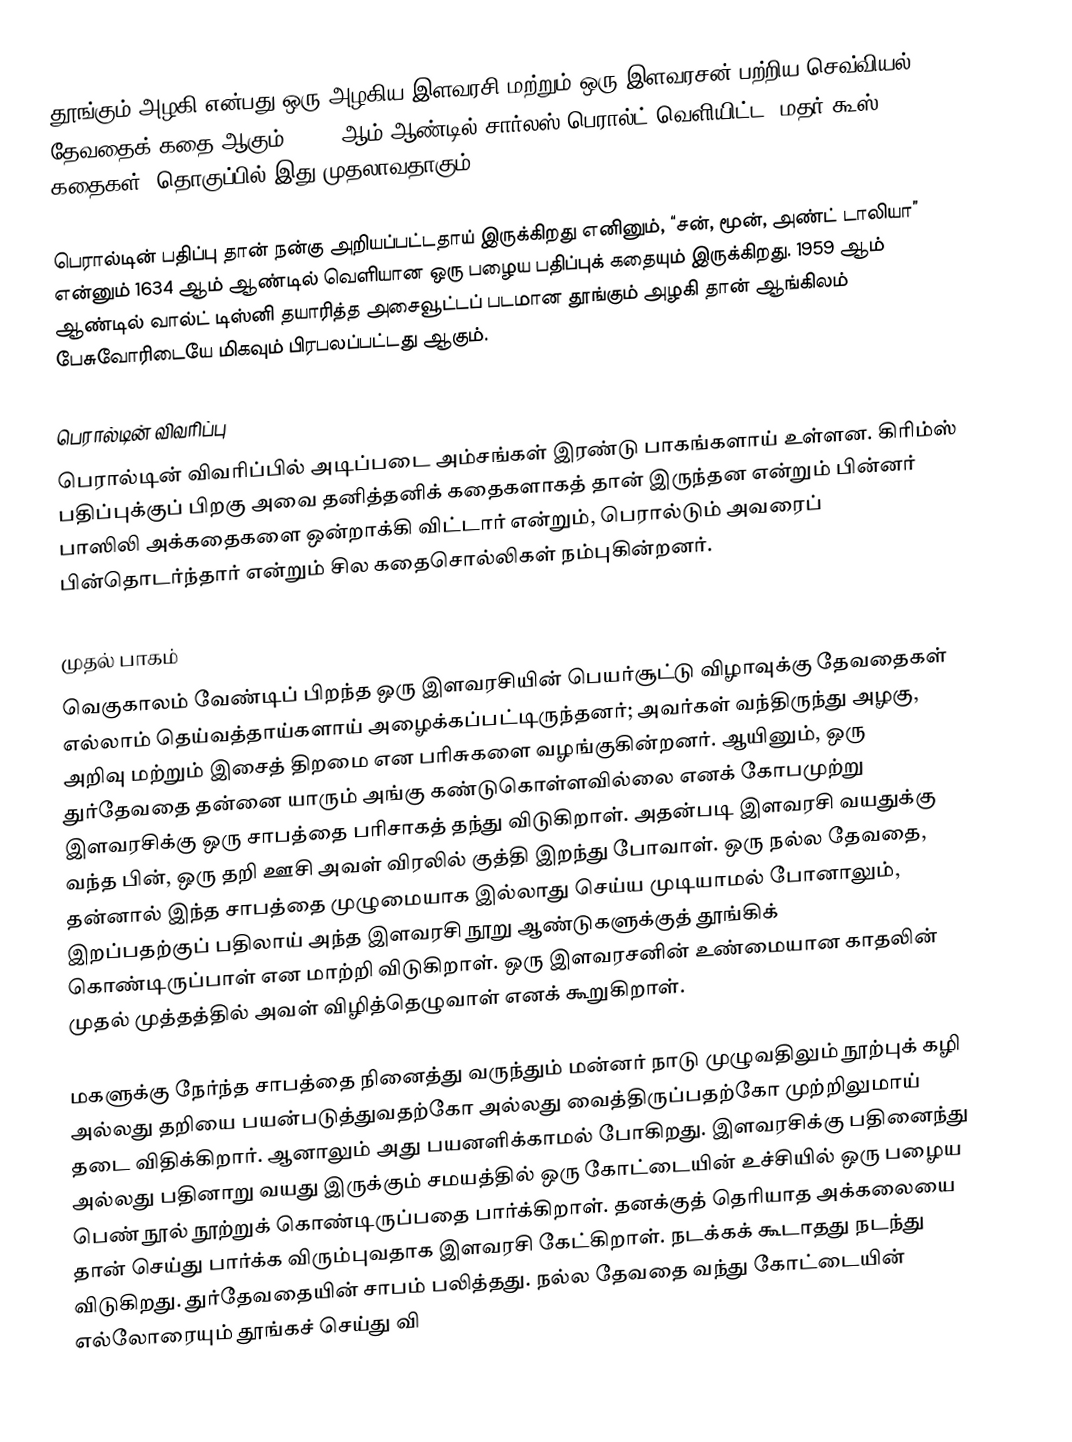
தூங்கும் அழகி என்பது ஒரு அழகிய இளவரசி மற்றும் ஒரு இளவரசன் பற்றிய செவ்வியல் தேவதைக் கதை ஆகும். 1697 ஆம் ஆண்டில் சார்லஸ் பெரால்ட் வெளியிட்ட "மதர் கூஸ் கதைகள்" தொகுப்பில் இது முதலாவதாகும்.

பெரால்டின் பதிப்பு தான் நன்கு அறியப்பட்டதாய் இருக்கிறது எனினும், “சன், மூன், அண்ட் டாலியா” என்னும் 1634 ஆம் ஆண்டில் வெளியான ஒரு பழைய பதிப்புக் கதையும் இருக்கிறது. 1959 ஆம் ஆண்டில் வால்ட் டிஸ்னி தயாரித்த அசைவூட்டப் படமான தூங்கும் அழகி தான் ஆங்கிலம் பேசுவோரிடையே மிகவும் பிரபலப்பட்டது  ஆகும்.

பெரால்டின் விவரிப்பு
பெரால்டின் விவரிப்பில் அடிப்படை அம்சங்கள் இரண்டு பாகங்களாய் உள்ளன. கிரிம்ஸ் பதிப்புக்குப் பிறகு அவை தனித்தனிக் கதைகளாகத் தான் இருந்தன என்றும் பின்னர் பாஸிலி அக்கதைகளை ஒன்றாக்கி விட்டார் என்றும், பெரால்டும் அவரைப் பின்தொடர்ந்தார் என்றும் சில கதைசொல்லிகள் நம்புகின்றனர்.

முதல் பாகம்
வெகுகாலம் வேண்டிப் பிறந்த ஒரு இளவரசியின் பெயர்சூட்டு விழாவுக்கு தேவதைகள் எல்லாம் தெய்வத்தாய்களாய் அழைக்கப்பட்டிருந்தனர்; அவர்கள் வந்திருந்து அழகு, அறிவு மற்றும் இசைத் திறமை என பரிசுகளை வழங்குகின்றனர். ஆயினும், ஒரு துர்தேவதை தன்னை யாரும் அங்கு கண்டுகொள்ளவில்லை எனக் கோபமுற்று இளவரசிக்கு ஒரு சாபத்தை பரிசாகத் தந்து விடுகிறாள். அதன்படி இளவரசி வயதுக்கு வந்த பின், ஒரு தறி ஊசி அவள் விரலில் குத்தி இறந்து போவாள். ஒரு நல்ல தேவதை, தன்னால் இந்த சாபத்தை முழுமையாக இல்லாது செய்ய முடியாமல் போனாலும், இறப்பதற்குப் பதிலாய் அந்த இளவரசி நூறு ஆண்டுகளுக்குத் தூங்கிக் கொண்டிருப்பாள் என மாற்றி விடுகிறாள். ஒரு இளவரசனின் உண்மையான காதலின் முதல் முத்தத்தில் அவள் விழித்தெழுவாள் எனக் கூறுகிறாள்.

மகளுக்கு நேர்ந்த சாபத்தை நினைத்து வருந்தும் மன்னர் நாடு முழுவதிலும் நூற்புக் கழி அல்லது தறியை பயன்படுத்துவதற்கோ அல்லது வைத்திருப்பதற்கோ முற்றிலுமாய் தடை விதிக்கிறார். ஆனாலும் அது பயனளிக்காமல் போகிறது. இளவரசிக்கு பதினைந்து அல்லது பதினாறு வயது இருக்கும் சமயத்தில் ஒரு கோட்டையின் உச்சியில் ஒரு பழைய பெண் நூல் நூற்றுக் கொண்டிருப்பதை பார்க்கிறாள். தனக்குத் தெரியாத அக்கலையை தான் செய்து பார்க்க விரும்புவதாக இளவரசி கேட்கிறாள். நடக்கக் கூடாதது நடந்து விடுகிறது. துர்தேவதையின் சாபம் பலித்தது. நல்ல தேவதை வந்து கோட்டையின் எல்லோரையும் தூங்கச் செய்து வி